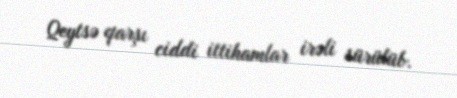
Qeytsə qarşı ciddi ittihamlar irəli sürülüb.